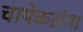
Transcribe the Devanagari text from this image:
चापेकरांना